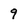
Character: 9